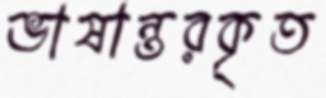
ভাষান্তরকৃত